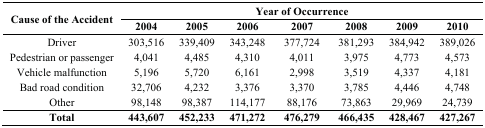
| <ROWSPAN=3> Cause of the Accident | <COLSPAN=7> Year of Occurrence |
 | 2004 | 2005 | 2006 | 2007 | 2008 | 2009 | 2010 |
 | --- | --- | --- | --- | --- | --- | --- | --- |
 | Driver | 303,516 | 339,409 | 343,248 | 377,724 | 381,293 | 384,942 | 389,026 |
 | Pedestrian or passenger | 4,041 | 4,485 | 4,310 | 4,011 | 3,975 | 4,773 | 4,573 |
 | Vehicle malfunction | 5,196 | 5,720 | 6,161 | 2,998 | 3,519 | 4,337 | 4,181 |
 | Bad road condition | 32,706 | 4,232 | 3,376 | 3,370 | 3,785 | 4,446 | 4,748 |
 | Other | 98,148 | 98,387 | 114,177 | 88,176 | 73,863 | 29,969 | 24,739 |
 | Total | 443,607 | 452,233 | 471,272 | 476,279 | 466,435 | 428,467 | 427,267 |